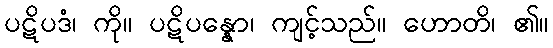
ပဋိပဒံ၊ ကို။ ပဋိပန္နော၊ ကျင့်သည်။ ဟောတိ၊ ၏။